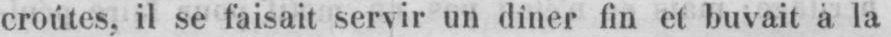
croútes, il se faisait servir un diner fin et buvait à la